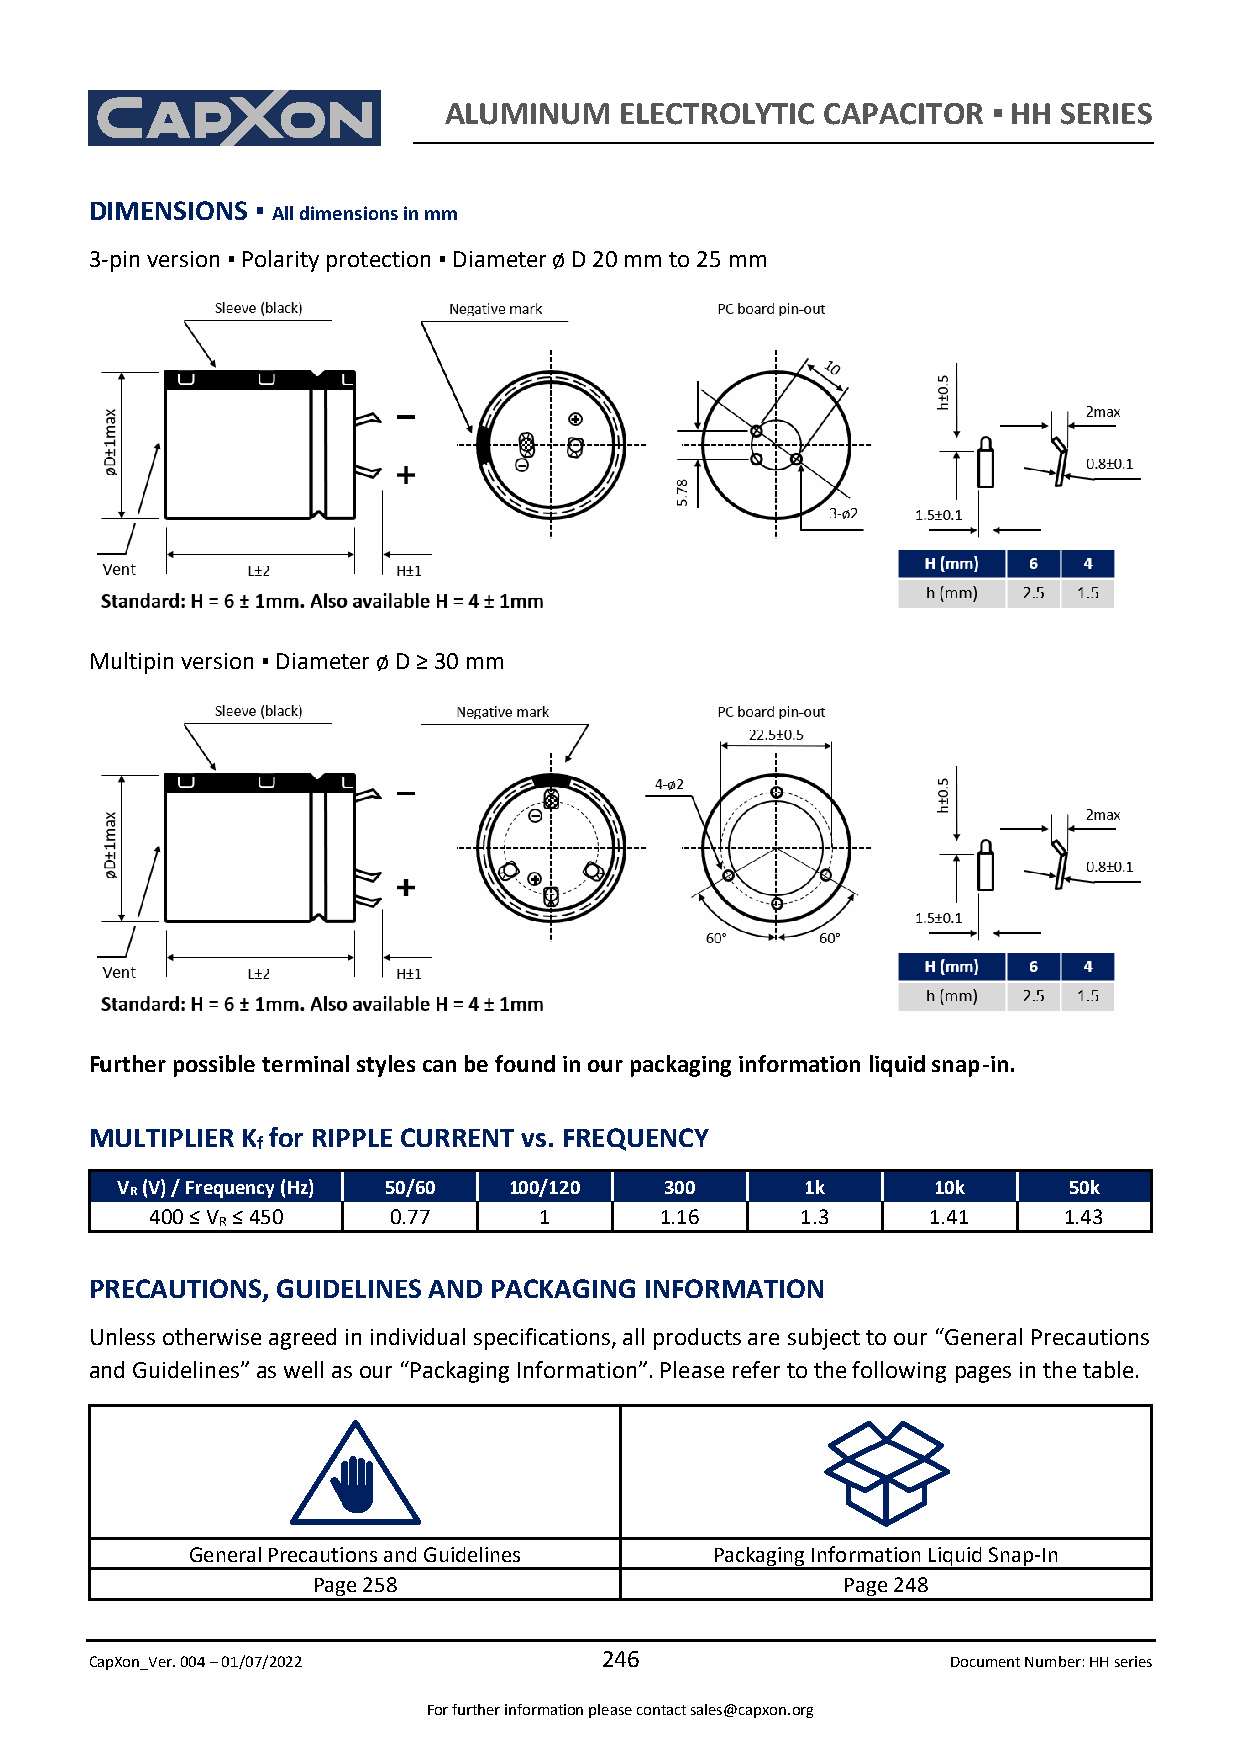
ALUMINUM    ELECTROLYTIC CAPACITOR   ▪ HH SERIES
 DIMENSIONS ▪ All dimensions in mm
 3-pin version ▪ Polarity protection ▪ Diameter ø D 20 mm to 25 mm
 Multipin version ▪ Diameter ø D ≥ 30 mm
 Further possible terminal styles can be found in our packaging information liquid snap-in.
 MULTIPLIER K for RIPPLE CURRENT vs. FREQUENCY
 f
 V (V) / Frequency (Hz) 50/60 100/120 300     1k       10k      50k
 R
 400 ≤ V R ≤ 450 0.77      1       1.16     1.3     1.41     1.43
 PRECAUTIONS, GUIDELINES AND PACKAGING INFORMATION
 Unless otherwise agreed in individual specifications, all products are subject to our “General Precautions
 and Guidelines” as well as our “Packaging Information”. Please refer to the following pages in the table.
 General Precautions and Guidelines Packaging Information Liquid Snap-In
 Page 258                           Page 248
 CapXon_Ver. 004 – 01/07/2022
 246
 Document Number: HH series
 For further information please contact sales@capxon.org